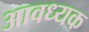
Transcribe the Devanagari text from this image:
आवध्यक